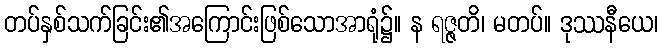
တပ်နှစ်သက်ခြင်း၏အကြောင်းဖြစ်သောအာရုံ၌။ န ရဇ္ဇတိ၊ မတပ်။ ဒုဿနီယေ၊